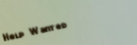
Help Wanted